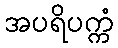
အပရိပက္ကံ